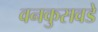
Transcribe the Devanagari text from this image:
वनकुसवडे